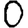
Digit: 0